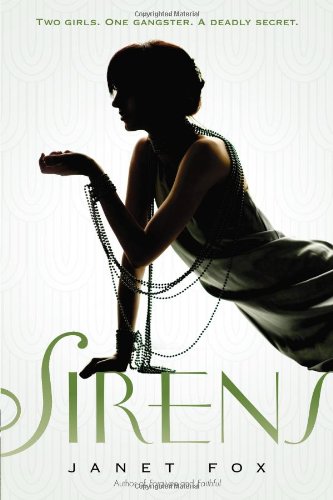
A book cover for Sirens; Janet Fox; Teen & Young Adult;